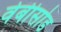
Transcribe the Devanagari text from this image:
वेबीसोड